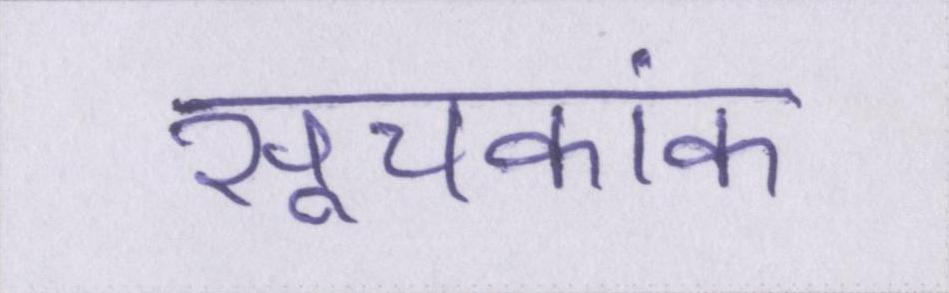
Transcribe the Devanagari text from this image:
सूचकांक